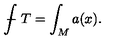
{ \int \! \! \! \! \! \! - } \ T = \int _ { M } a ( x ) .